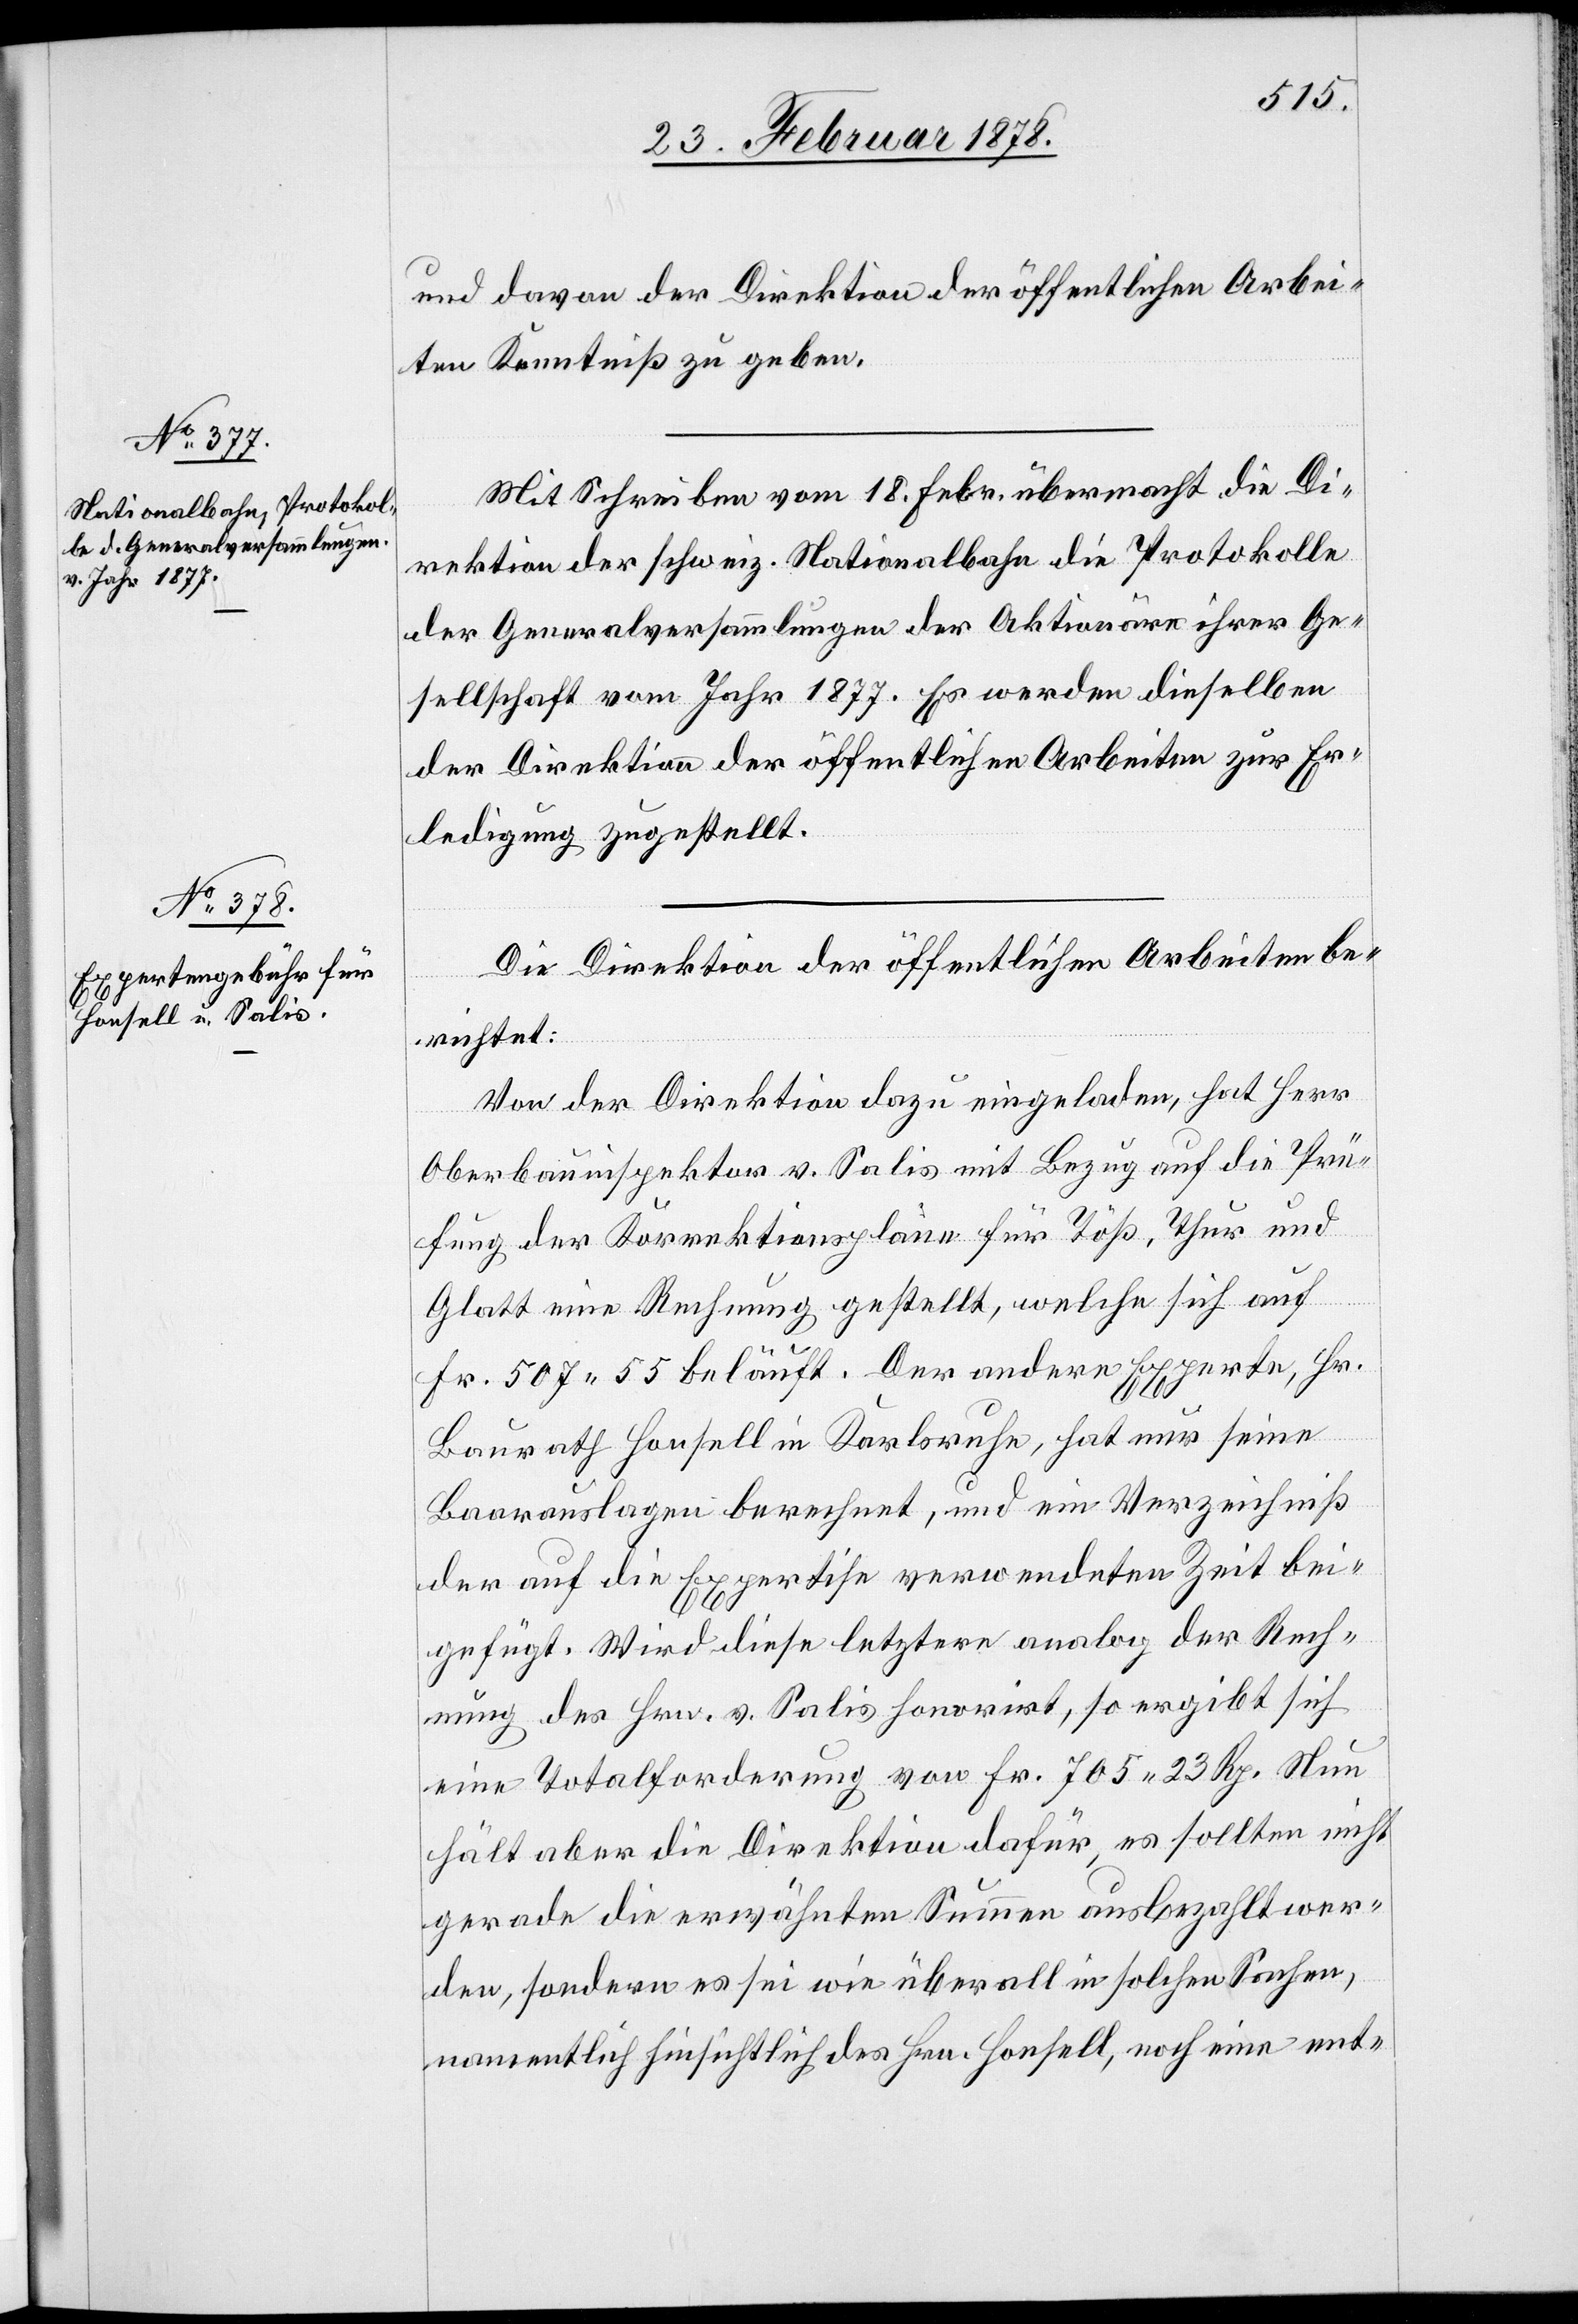
und davon der Direktion der öffentlichen Arbei¬
ten Kenntniß zu geben.
Mit Schreiben vom 18. Febr. übermacht die Di¬
rektion der schweiz. Nationalbahn die Protokolle
der Generalversammlungen der Aktionäre ihrer Ge¬
sellschaft vom Jahr 1877. Es werden dieselben
der Direktion der öffentlichen Arbeiten zur Er¬
ledigung zugestellt.
Die Direktion der öffentlichen Arbeiten be¬
richtet:
Von der Direktion dazu eingeladen, hat Herr
Oberbauinspektor v. Salis mit Bezug auf die Prü¬
fung der Korrektionspläne für Töß, Thur und
Glatt eine Rechnung gestellt, welche sich auf
Fr. 507. 55 beläuft. Der andere Experte, Hr.
Baurath Honsell in Karlsruhe, hat nur seine
Baarauslagen berechnet, und ein Verzeichniß
der auf die Expertise verwendeten Zeit bei¬
gefügt. Wird diese letztere analog der Rech¬
nung des Hrn. v. Salis favorirt, so ergibt sich
eine Totalforderung von Fr. 705. 23 Rp. Nun
hält aber die Direktion dafür, es sollten nicht
gerade die erwähnten Summen ausbezahlt wer¬
den, sondern es sei wie überall in solchen Sachen,
namentlich hinsichtlich des Hrn. Honsell, noch eine ent-